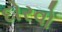
દોરવો